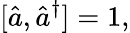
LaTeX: [\hat{a},\hat{a}^{\dagger}]=1,